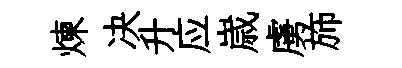
煉决升应𡻕虜斾